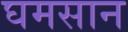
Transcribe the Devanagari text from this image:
घमसान